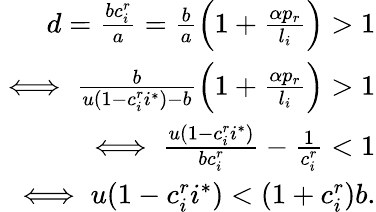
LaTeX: \begin{array}{r}{d=\frac{bc_{i}^{r}}{a}=\frac{b}{a}\left(1+\frac{\alpha p_{r}}{l_{i}}\right)>1}\\ {\iff\frac{b}{u(1-c_{i}^{r}i^{*})-b}\left(1+\frac{\alpha p_{r}}{l_{i}}\right)>1}\\ {\iff\frac{u(1-c_{i}^{r}i^{*})}{bc_{i}^{r}}-\frac{1}{c_{i}^{r}}<1}\\ {\iff u(1-c_{i}^{r}i^{*})<(1+c_{i}^{r})b.}\end{array}